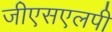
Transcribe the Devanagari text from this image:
जीएसएलपी